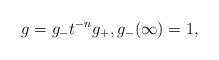
\begin{align*}g= g_-t^{-n} g_+, g_-(\infty)=1, \end{align*}